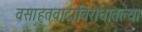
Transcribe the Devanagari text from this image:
वसाहतवादाविरोधातल्या